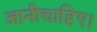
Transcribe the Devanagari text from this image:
जानीचाहिए।